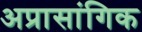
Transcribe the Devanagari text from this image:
अप्रासांगिक